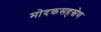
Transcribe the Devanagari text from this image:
मोदकसहस्रेण